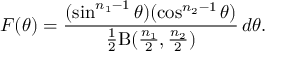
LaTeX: F ( \theta ) = { \frac { ( \sin ^ { n _ { 1 } - 1 } \theta ) ( \cos ^ { n _ { 2 } - 1 } \theta ) } { { \frac { 1 } { 2 } } \mathrm { B } ( { \frac { n _ { 1 } } { 2 } } , { \frac { n _ { 2 } } { 2 } } ) } } \, d \theta .